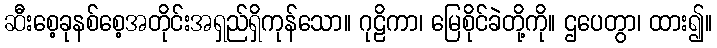
ဆီးစေ့ခုနစ်စေ့အတိုင်းအရှည်ရှိကုန်သော။ ဂုဠိကာ၊ မြေစိုင်ခဲတို့ကို။ ဌပေတွာ၊ ထား၍။